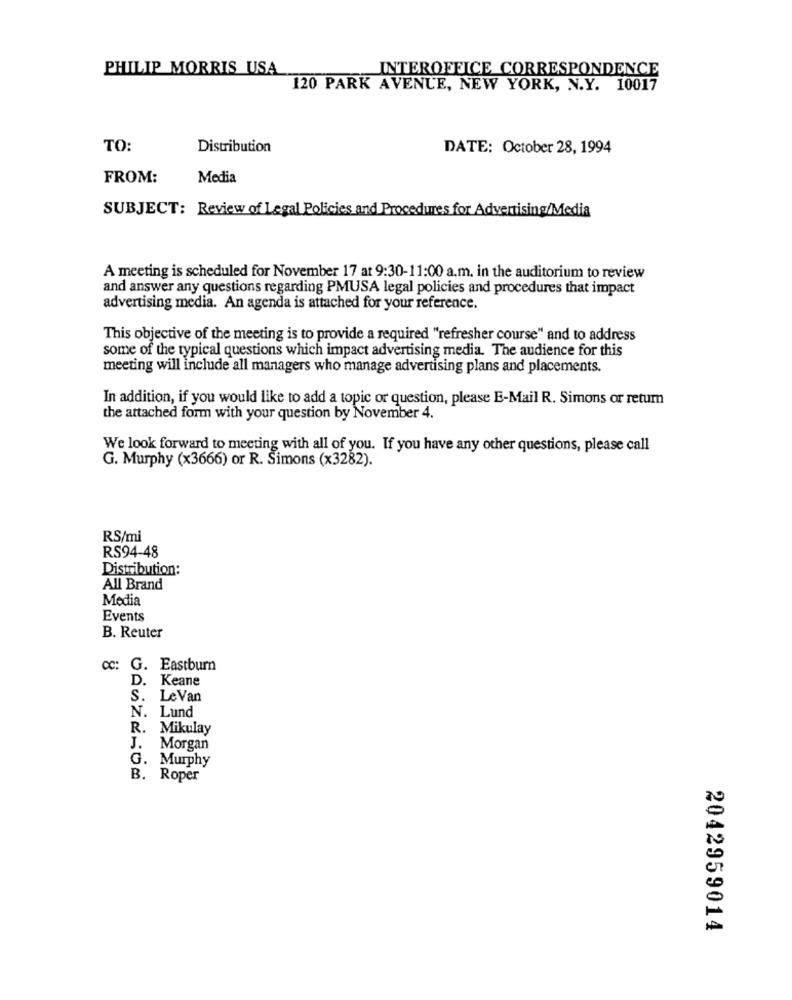
PHILIP MORRIS USA
INTEROFFICE CORRESPONDENCE
120 PARK AVENUE, NEW YORK, N.Y. 10017
TO:
Distribution
DATE: October 28, 1994
FROM:
Media
SUBJECT: Review of Legal Policies and Procedures for Advertising/Media
A meeting is scheduled for November 17 at 9:30-11:00 a.m. in the auditorium to review
and answer any questions regarding PMUSA legal policies and procedures that impact
advertising media. An agenda is attached for your reference.
This objective of the meeting is to provide a required "refresher course" and to address
some of the typical questions which impact advertising media. The audience for this
meeting will include all managers who manage advertising plans and placements.
In addition, if you would like to add a topic or question, please E-Mail R. Simons or return
the attached form with your question by November 4.
We look forward to meeting with all of you. If you have any other questions, please call
G. Murphy (x3666) or R. Simons (x3282).
RS/mi
RS94-48
Distribution:
All Brand
Media
Events
B. Reuter
CC:
G. Eastburn
D. Keane
S. LeVan
N. Lund
R. Mikulay
J. Morgan
G. Murphy
B. Roper
2042959014